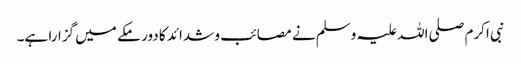
نبی اکرم صلی اللہ علیہ وسلم نے مصائب و شدائد کا دور مکے میں گزارا ہے۔